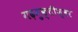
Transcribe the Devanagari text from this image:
गढ़मुक्तीश्वर